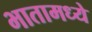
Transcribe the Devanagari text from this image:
भातामध्ये